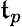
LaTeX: \mathfrak{t}_{p}